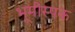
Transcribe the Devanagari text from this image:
भूमीस्पक